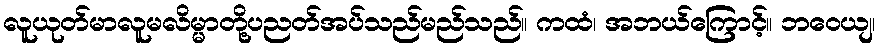
လူယုတ်မာလူမလိမ္မာတို့ပညတ်အပ်သည်မည်သည်။ ကထံ၊ အဘယ်ကြောင့်။ ဘဝေယျ၊